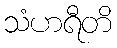
သံဟရီတိ